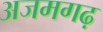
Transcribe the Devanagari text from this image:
अजमगढ़